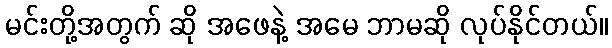
မင်းတို့အတွက် ဆို အဖေနဲ့ အမေ ဘာမဆို လုပ်နိုင်တယ်။